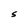
Character: S